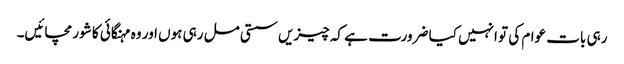
رہی بات عوام کی تو انہیں کیا ضرورت ہے کہ چیزیں سستی مل رہی ہوں اور وہ مہنگائی کا شور مچائیں۔